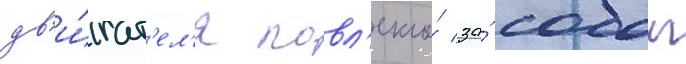
дв'и́гат'ел'я повл'екло́ за́ собои